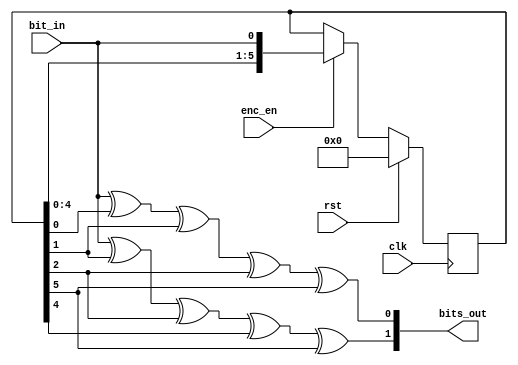
/*
 * convenc - convolutional encoder implementation with generator polynomials, g0 = 133 and g1 = 171, of rate R = 1/2
 *
 * Michael Tetemke Mehari michael.mehari@ugent.be
 */

module convenc
(
  input  wire clk,
  input  wire rst,

  input  wire enc_en,
  input  wire bit_in,
  output wire [1:0] bits_out
);

  reg [5:0] state;
  always @(posedge clk)
  if (rst) begin
      state <= 0;
  end else if(enc_en) begin
      state <= {state[4:0], bit_in};
  end
  assign bits_out[0] =  bit_in ^ state[0] ^ state[1] ^ state[2] ^ state[5];
  assign bits_out[1] =  bit_in ^ state[1] ^ state[2] ^ state[4] ^ state[5];

endmodule